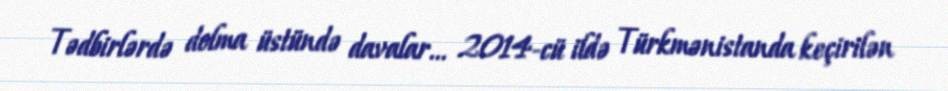
Tədbirlərdə dolma üstündə davalar... 2014-cü ildə Türkmənistanda keçirilən